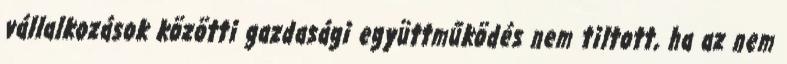
vállalkozások közötti gazdasági együttműködés nem tiltott, ha az nem